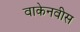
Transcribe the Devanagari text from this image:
वाकेनवीस